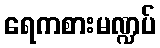
ရေကစားမဏ္ဍပ်